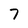
Character: 7